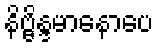
နိဗ္ဗိန္ဒမာနောပေ